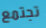
تجتمع